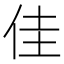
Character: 佳